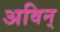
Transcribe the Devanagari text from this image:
अविन्